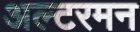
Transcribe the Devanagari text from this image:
अल्टरमन